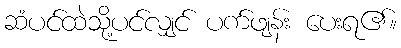
ဆံပင်ထဲသို့ပင်လျှင် ပက်ဖျန်း ပေးရ၏။